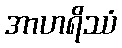
အာဟရိဿံ